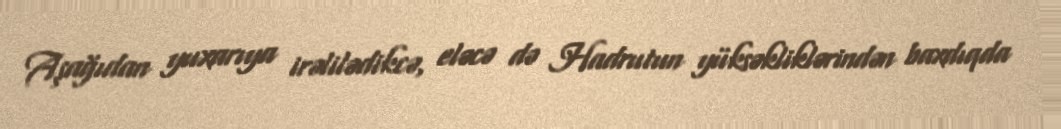
Aşağıdan yuxarıya irəlilədikcə, eləcə də Hadrutun yüksəkliklərindən baxdıqda